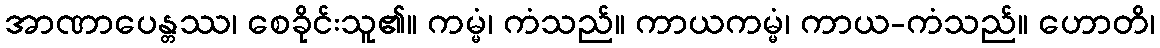
အာဏာပေန္တဿ၊ စေခိုင်းသူ၏။ ကမ္မံ၊ ကံသည်။ ကာယကမ္မံ၊ ကာယ-ကံသည်။ ဟောတိ၊